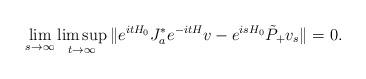
LaTeX: \begin{align*}\lim_{s\to\infty}\limsup_{t\to\infty} \|e^{itH_0}J_a^* e^{-itH}v-e^{is H_0}\tilde P_+ v_s\|=0.\end{align*}